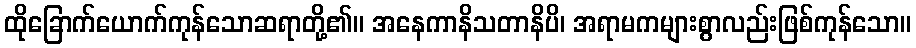
ထိုခြောက်ယောက်ကုန်သောဆရာတို့၏။ အနေကာနိသတာနိပိ၊ အရာမကများစွာလည်းဖြစ်ကုန်သော။